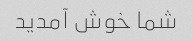
شما خوش آمدید